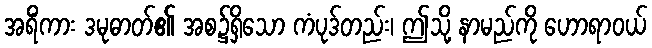
အရိံကား ဒမုဓာတ်၏ အစ၌ရှိသော ကံပုဒ်တည်း၊ ဤသို့ နာမည်ကို ဟောရာဝယ်